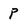
Character: p